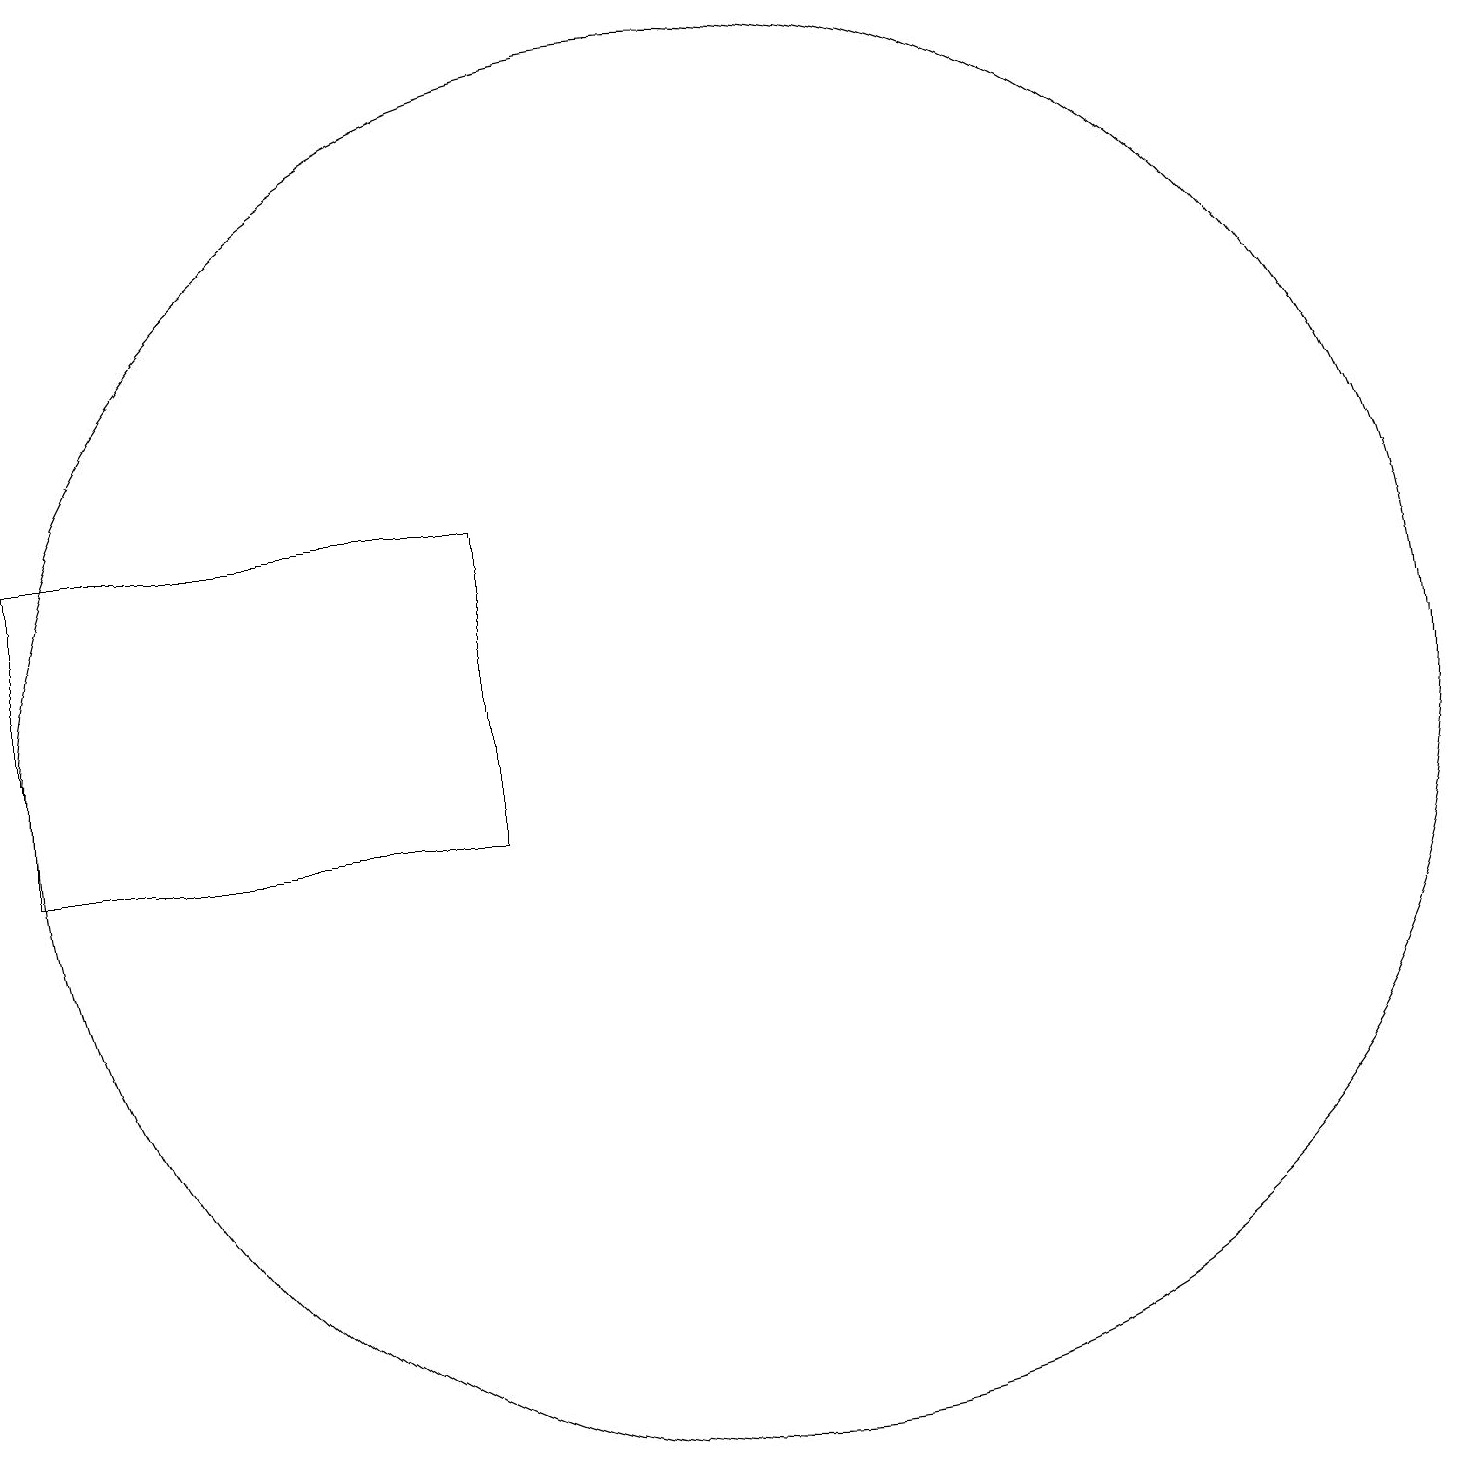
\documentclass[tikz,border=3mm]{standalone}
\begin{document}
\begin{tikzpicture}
\draw (1,11) rectangle (7,15);
\draw (10,12) circle (9);
\draw (11,10) circle (0);
\draw (11,12) circle (0);
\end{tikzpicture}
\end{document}